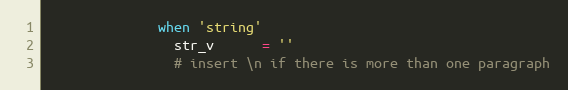
Language: Ruby
              when 'string'
                str_v      = ''
                # insert \n if there is more than one paragraph